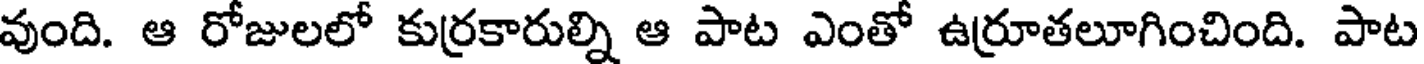
వుంది. ఆ రోజులలో కుర్రకారుల్ని ఆ పాట ఎంతో ఉర్రూతలూగించింది. పాట